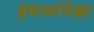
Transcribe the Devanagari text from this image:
हंगामांपेक्षा